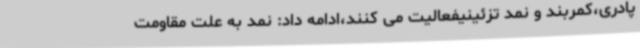
پادری،کمربند و نمد تزئینیفعالیت می کنند،ادامه داد: نمد به علت مقاومت